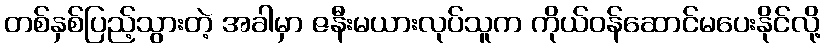
တစ်နှစ်ပြည့်သွားတဲ့ အခါမှာ ဇနီးမယားလုပ်သူက ကိုယ်ဝန်ဆောင်မပေးနိုင်လို့